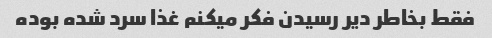
فقط بخاطر دیر رسیدن فکر میکنم غذا سرد شده بوده